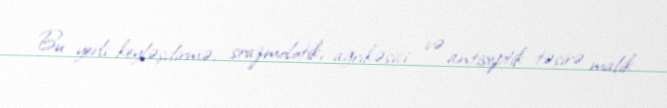
Bu yerli keyləşdirmə, srazmolotik, ağrıkəsici və antiseptik təsirə malik